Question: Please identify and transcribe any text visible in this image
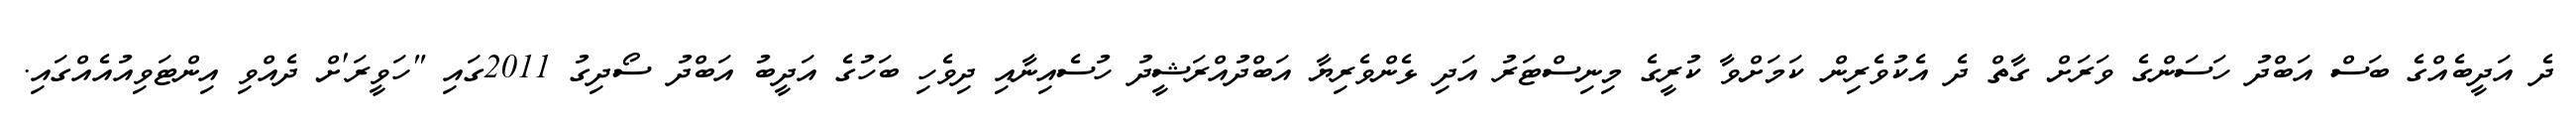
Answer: ދެ އަދީބެއްގެ ބަސް އަބްދު ހަސަންގެ ވަރަށް ގާތް ދެ އެކުވެރިން ކަމަށްވާ ކުރީގެ މިނިސްޓަރު އަދި ޅެންވެރިޔާ އަބްދުއްރަޝީދު ހުސެއިނާއި ދިވެހި ބަހުގެ އަދީބު އަބްދު ސޯދިގު 2011ގައި "ހަވީރަ'ށް ދެއްވި އިންޓަވިއުއެއްގައި.